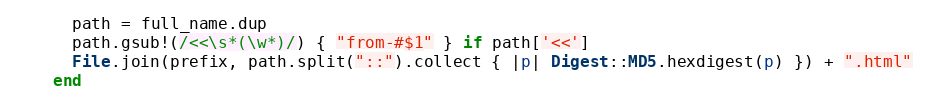
Language: Ruby
      path = full_name.dup
      path.gsub!(/<<\s*(\w*)/) { "from-#$1" } if path['<<']
      File.join(prefix, path.split("::").collect { |p| Digest::MD5.hexdigest(p) }) + ".html"
    end